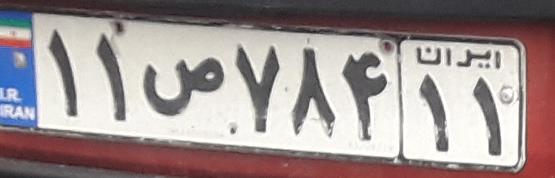
۱۱ص۷۸۴۱۱